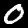
Label: 0